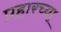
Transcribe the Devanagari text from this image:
प्रहारच्या